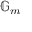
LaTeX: \mathbb { G } _ { m }